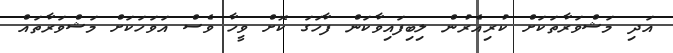
އަދި މަޝްވަރާތަކަށް ކުރިއެރުން ލިބިފައިވާކަން ފާހަގަ ކޮށް ވީހާ ވެސް އަވަހަކަށް މަޝްވަރާތައް